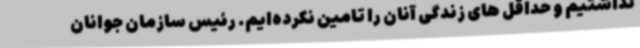
نداشتیم و حداقل های زندگی آنان را تامین نکرده‌ایم. رئیس سازمان جوانان